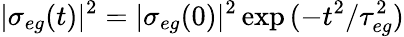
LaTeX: |\sigma_{eg}(t)|^{2}=|\sigma_{eg}(0)|^{2}\exp{(-t^{2}/{\tau}_{eg}^{2})}